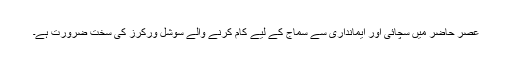
عصر حاضر میں سچائی اور ایمانداری سے سماج کے لیے کام کرنے والے سوشل ورکرز کی سخت ضرورت ہے۔